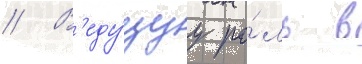
// В'еду́щуу ро́ль в